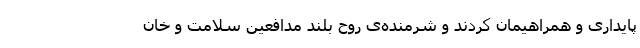
پایداری و همراهیمان کردند و شرمنده‌ی روح بلند مدافعین سلامت و خان